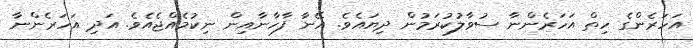
އަހަރެންގެ ހިތް އަހަރެންނާ ސުވާލުކުރަމުން ދިޔައެވެ. އޭނާ ފާހާނާއިން ނިކުމެއްޖެއެވެ. އަދި އަހަރެންނާ